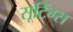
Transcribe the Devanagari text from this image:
सूटिंग्स